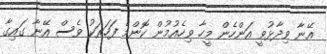
އޭނާ ވިދާޅުވީ އަންހެން މީހާ ވިހެއުމުން ކޮންމެ ފަހަރަކު ވެސް އޭނާ ގައިގާ